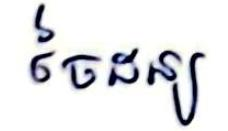
ចៃដន្យ